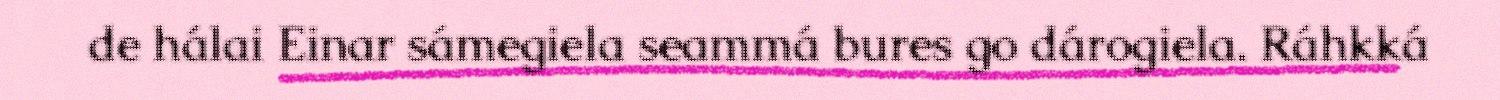
de hálai Einar sámegiela seammá bures go dárogiela. Ráhkká